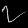
Digit: ၇